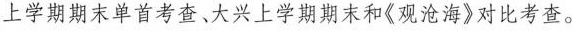
上学期期末单首考查、大兴上学期期末和《观沧海》对比考查。